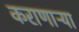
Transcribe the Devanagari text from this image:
कराणाऱ्या